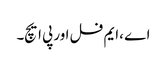
اے ،ایم فل اور پی ایچ۔